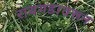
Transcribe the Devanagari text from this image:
रायगडावरून